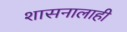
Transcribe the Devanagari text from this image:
शासनालाही